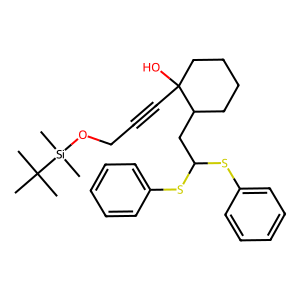
SMILES: CC(C)(C)[Si](C)(C)OCC#CC1(O)CCCCC1CC(Sc1ccccc1)Sc1ccccc1
Inhibits HIV replication: No